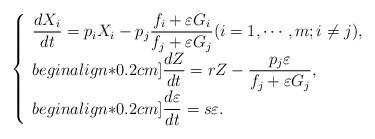
LaTeX: \begin{align*}\left\{ \begin{array}{l}\displaystyle \frac{dX_i}{dt} = p_iX_i - p_j \frac{f_i + \varepsilon G_i}{f_j + \varepsilon G_j}(i=1,\cdots ,m; i\neq j), \\begin{align*}0.2cm]\displaystyle \frac{dZ}{dt} =rZ - \frac{p_j \varepsilon }{f_j + \varepsilon G_j}, \\begin{align*}0.2cm]\displaystyle \frac{d\varepsilon }{dt} = s\varepsilon.\end{array} \right.\end{align*}